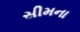
સીમના